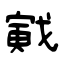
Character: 戭